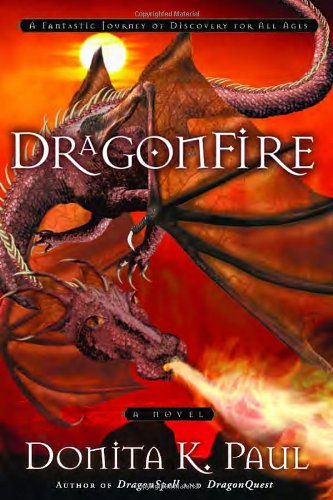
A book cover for DragonFire (Dragon Keepers Chronicles, Book 4); Donita K. Paul; Christian Books & Bibles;